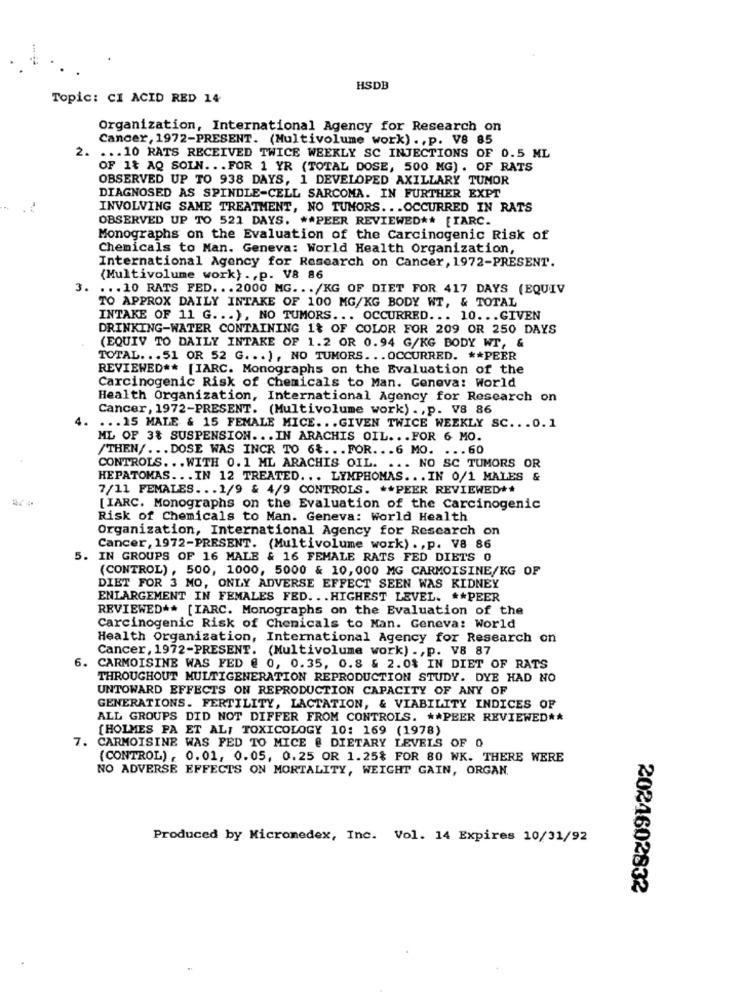
HSDB
Topic: CI ACID RED 14
Organization, International Agency for Research on
Cancer, 1972-PRESENT. (Multivolume work) ., p. V8 85
2.
... 10 RATS RECEIVED TWICE WEEKLY SC INJECTIONS OF 0.5 ML
OF 1& AQ SOIN ... FOR 1 YR (TOTAL DOSE, 500 MG). OF RATS
OBSERVED UP TO 938 DAYS, 1 DEVELOPED AXILLARY TUMOR
DIAGNOSED AS SPINDLE-CELL SARCOMA. IN FURTHER EXPT
INVOLVING SAME TREATMENT, NO TUMORS ... OCCURRED IN RATS
OBSERVED UP TO 521 DAYS. ** PEER REVIEWED ** [TARC.
Monographs on the Evaluation of the Carcinogenic Risk of
Chemicals to Man. Geneva: World Health Organization,
International Agency for Research on Cancer, 1972-PRESENT.
(Multivolume work) ., p. V8 86
3.
... 10 RATS FED. .. 2000 MG ... /KG OF DIET FOR 417 DAYS (EQUIV
TO APPROX DAILY INTAKE OF 100 MG/KG BODY WT, & TOTAL
INTAKE OF 11 G ... ), NO TUMORS ... OCCURRED ... 10 ... GIVEN
DRINKING-WATER CONTAINING 1% OF COLOR FOR 209 OR 250 DAYS
(EQUIV TO DAILY INTAKE OF 1.2 OR 0.94 G/KG BODY WT, &
TOTAL ... 51 OR 52 G ... ], NO TUMORS ... OCCURRED. ** PEER
REVIEWED ** [IARC. Monographs on the Evaluation of the
Carcinogenic Risk of Chemicals to Man. Geneva: World
Health Organization, International Agency for Research on
Cancer, 1972-PRESENT. (Multivolume work) ., p. V8 86
... 15 MALE & 15 FEMALE MICE ... GIVEN TWICE WEEKLY SC ... 0.1
ML OF 3% SUSPENSION ... IN ARACHIS OIL. . . FOR 6 MO.
/THEN/ ... DOSE WAS INCR TO 6% ... FOR. .. 6 MO. ... 60
CONTROLS ... WITH 0. 1 ML ARACHIS OIL. ... NO SC TUMORS OR
HEPATOMAS ... IN 12 TREATED ... LYMPHOMAS ... IN 0/1 MALES &
7/11 FEMALES ... 1/9 & 4/9 CONTROLS. ** PEER REVIEWED **
[IARC. Monographs on the Evaluation of the Carcinogenic
Risk of Chemicals to Man. Geneva: World Health
Organization, International Agency for Research on
Cancer, 1972-PRESENT. (Multivolume work) ., p. V8 86
5. IN GROUPS OF 16 MALE & 16 FEMALE RATS FED DIETS 0
(CONTROL) , 500, 1000, 5000 & 10, 000 MG CARMOISINE/KG OF
DIET FOR 3 MO, ONLY ADVERSE EFFECT SEEN WAS KIDNEY
ENLARGEMENT IN FEMALES FED ... HIGHEST LEVEL. ** PEER
REVIEWED ** [IARC. Monographs on the Evaluation of the
Carcinogenic Risk of Chemicals to Man. Geneva: World
Health Organization, International Agency for Research on
Cancer, 1972-PRESENT. (Multivolume work) ., p. V8 87
6.
CARMOISINE WAS FED @ 0, 0.35, 0.8 & 2.0% IN DIET OF RATS
THROUGHOUT MULTIGENERATION REPRODUCTION STUDY. DYE HAD NO
UNTOWARD EFFECTS ON REPRODUCTION CAPACITY OF ANY OF
GENERATIONS. FERTILITY, LACTATION, & VIABILITY INDICES OF
ALL GROUPS DID NOT DIFFER FROM CONTROLS. ** PEER REVIEWED **
[HOLMES PA ET ALI TOXICOLOGY 10: 169 (1978)
7. CARMOISINE WAS FED TO MICE @ DIETARY LEVELS OF 0
(CONTROL) , 0.01, 0.05, 0.25 OR 1.25% FOR 80 WK. THERE WERE
NO ADVERSE EFFECTS ON MORTALITY, WEIGHT GAIN, ORGAN.
Produced by Micromedex, Inc. Vol. 14 Expires 10/31/92
2024602832